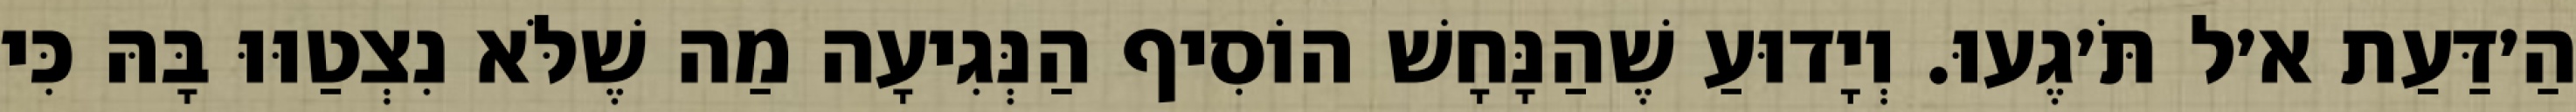
הַ׳דַּעַת א׳ל תֹּ׳גֶעוּ. וְיָדוּעַ שֶׁהַנָּחָשׁ הוֹסִיף הַנְּגִיעָה מַה שֶׁלֹּא נִצְטַוּוּ בָּהּ כִּי